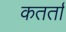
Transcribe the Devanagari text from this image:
कतर्ता